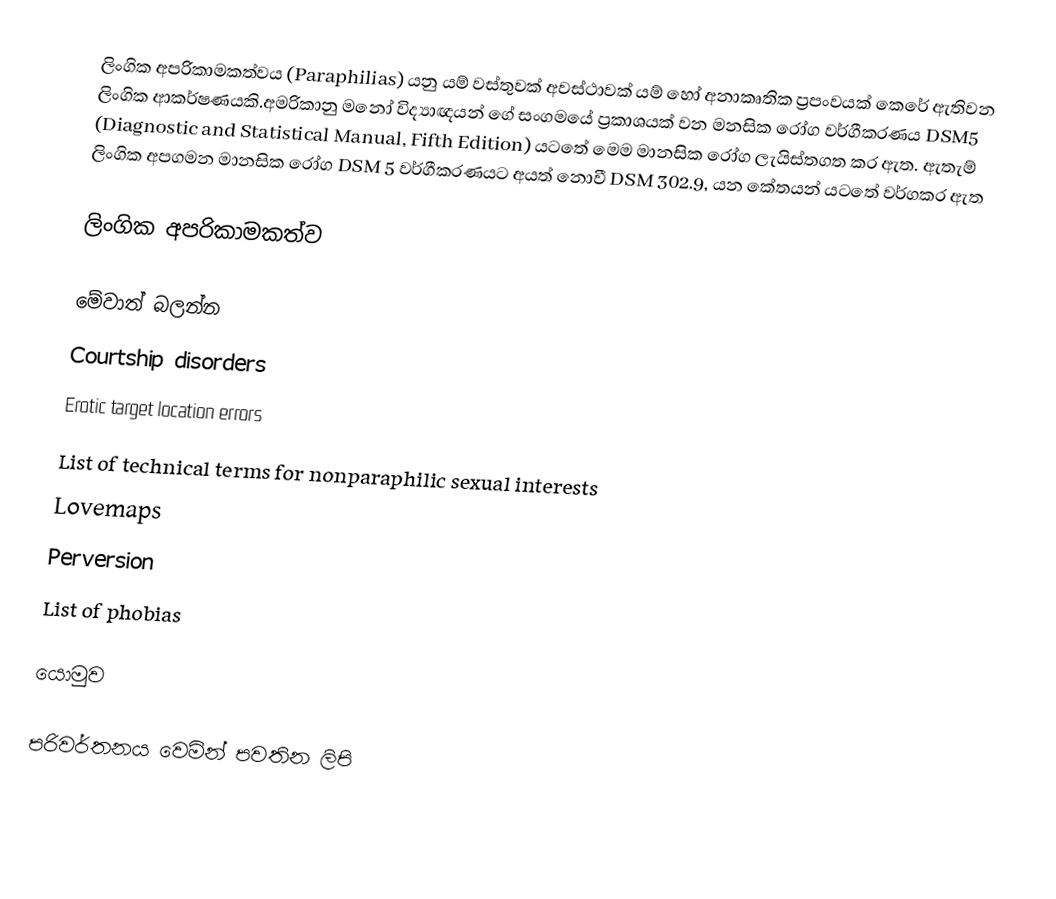
ලිංගික අපරිකාමකත්වය (Paraphilias) යනු යම් වස්තුවක් අවස්ථාවක් යම් හෝ  අනාකෘතික ප්‍රපංවයක් කෙරේ ඇතිවන ලිංගික ආකර්ෂණයකි.අමරිකානු මනෝ විද්‍යාඥයන් ගේ සංගමයේ ප්‍රකාශයක් වන  මනසික රෝග වර්ගීකරණය DSM5 (Diagnostic and Statistical Manual, Fifth Edition) යටතේ මෙම මානසික රෝග ලැයිස්තගත කර ඇත.  ඇතැම් ලිංගික අපගමන මානසික රෝග DSM 5 වර්ගීකරණයට අයත් නොවී  DSM 302.9, යන කේතයන් යටතේ වර්ගකර ඇත

ලිංගික අපරිකාමකත්ව

මේවාත් බලන්න
 Courtship disorders
 Erotic target location errors
 List of technical terms for nonparaphilic sexual interests
 Lovemaps
 Perversion
 List of phobias

යොමුව

පරිවර්තනය වෙමින් පවතින ලිපි